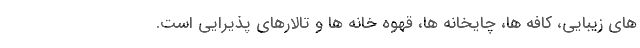
های زیبایی، کافه ها، چایخانه ها، قهوه خانه ها و تالارهای پذیرایی است.